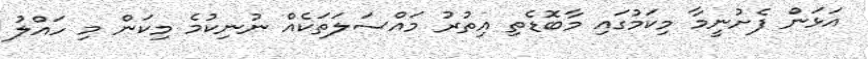
އަޅަން ފެށުނީމާ މިކަމުގައި މާބޮޑެތި އިތުރު މައްސަލަތަކެއް ނުނިކުމެ މިކަން މި ހައްލު